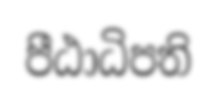
පීඨාධිපති